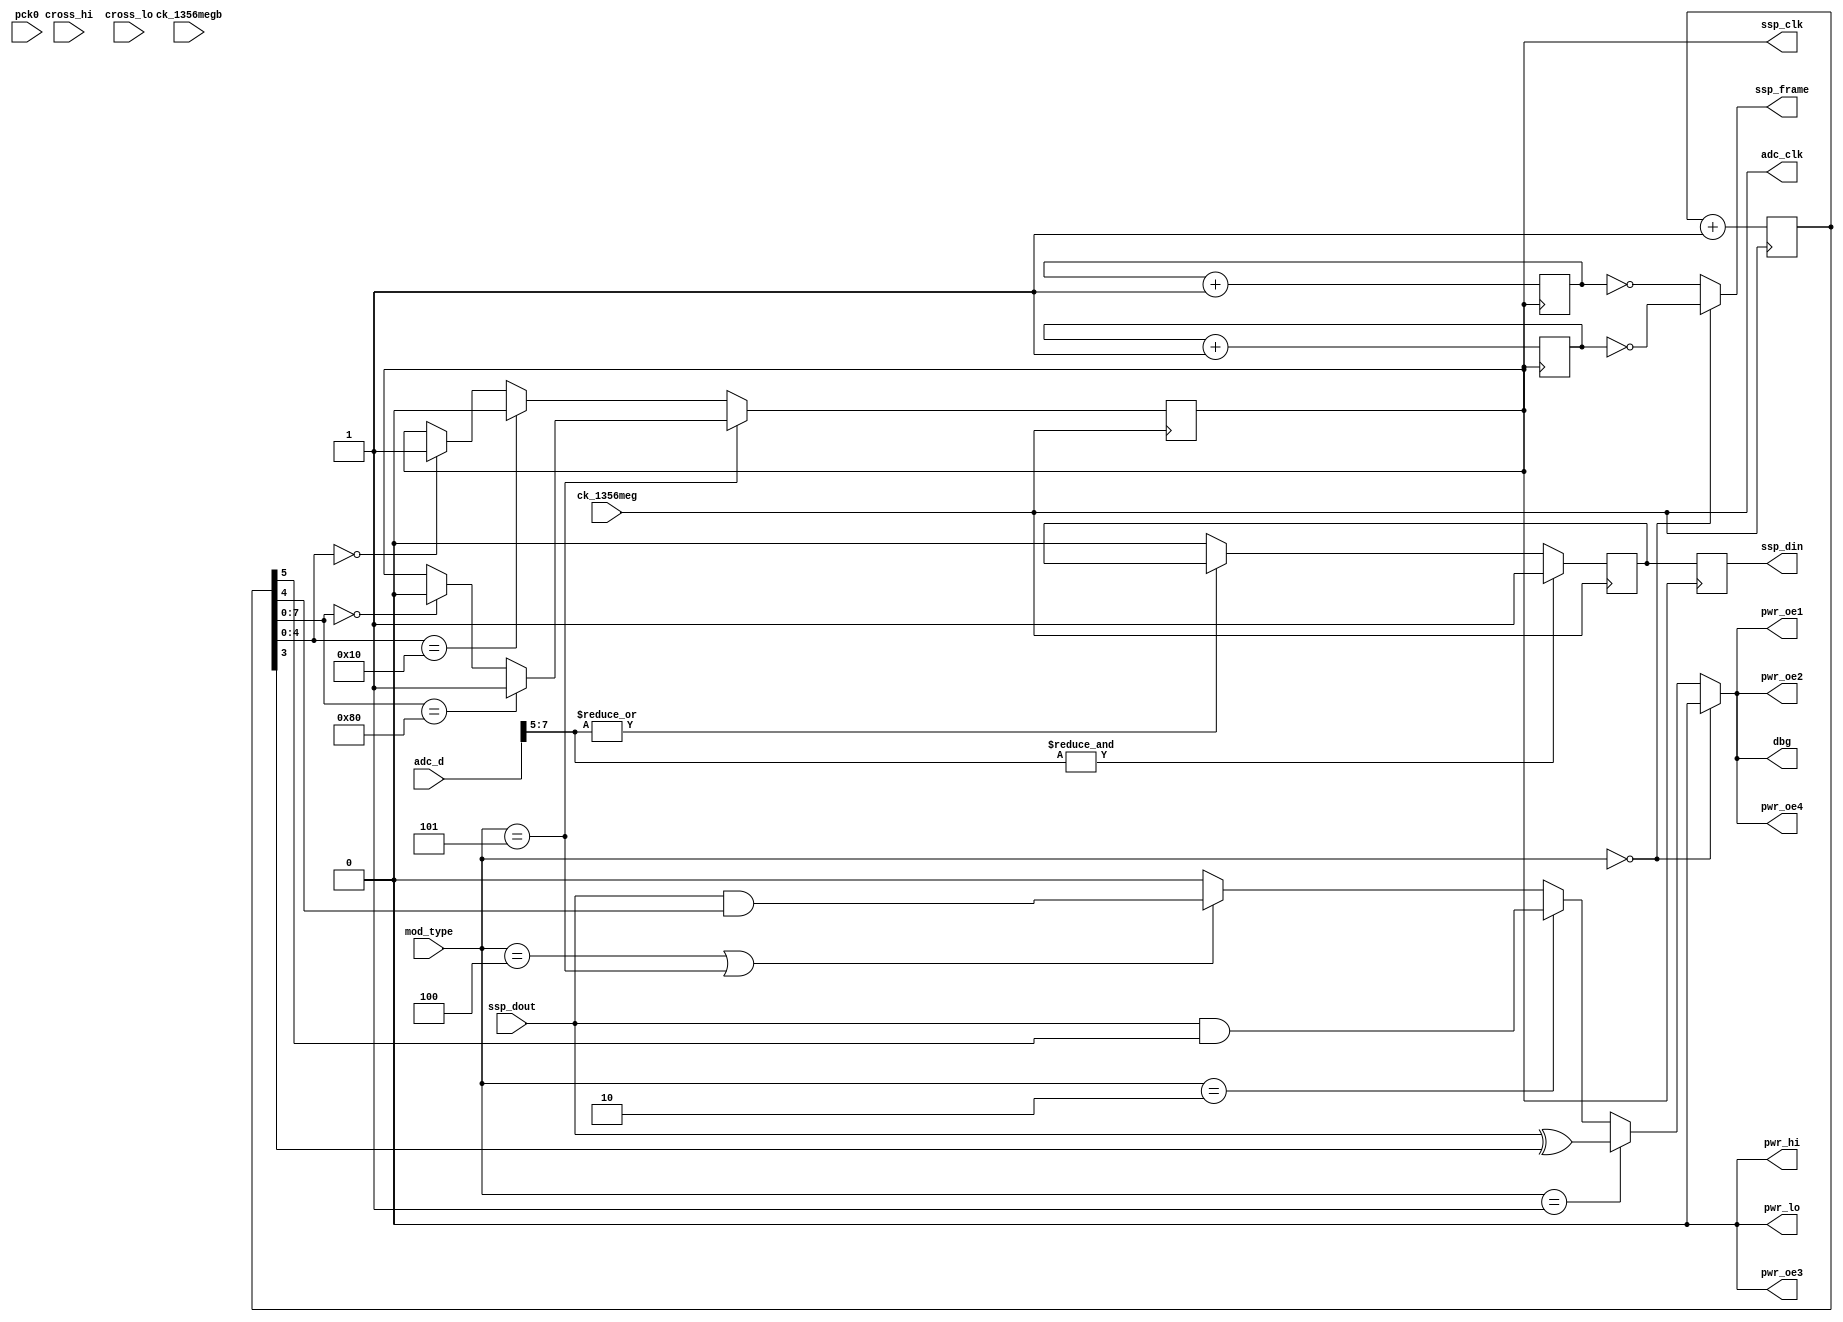
module hi_simulate_4(
    pck0, ck_1356meg, ck_1356megb,
    pwr_lo, pwr_hi, pwr_oe1, pwr_oe2, pwr_oe3, pwr_oe4,
    adc_d, adc_clk,
    ssp_frame, ssp_din, ssp_dout, ssp_clk,
    cross_hi, cross_lo,
    dbg,
    mod_type
);
    input pck0, ck_1356meg, ck_1356megb;
    output pwr_lo, pwr_hi, pwr_oe1, pwr_oe2, pwr_oe3, pwr_oe4;
    input [7:0] adc_d;
    output adc_clk;
    input ssp_dout;
    output ssp_frame, ssp_din, ssp_clk;
    input cross_hi, cross_lo;
    output dbg;
    input [2:0] mod_type;
assign pwr_hi = 1'b0;
assign pwr_lo = 1'b0;
reg after_hysteresis;
assign adc_clk = ck_1356meg;
always @(negedge adc_clk)
begin
    if(& adc_d[7:5]) after_hysteresis = 1'b1;
    else if(~(| adc_d[7:5])) after_hysteresis = 1'b0;
end
reg [10:0] ssp_clk_divider;
always @(posedge adc_clk)
    ssp_clk_divider <= (ssp_clk_divider + 1);
reg ssp_clk;
reg ssp_frame;
always @(negedge adc_clk)
begin
    if(mod_type == 3'b101)
    begin
	if(ssp_clk_divider[7:0] == 8'b00000000)
	    ssp_clk <= 1'b0;
	if(ssp_clk_divider[7:0] == 8'b10000000)
	    ssp_clk <= 1'b1;
    end
    else
    begin
	if(ssp_clk_divider[4:0] == 5'd0)
	    ssp_clk <= 1'b1;
	if(ssp_clk_divider[4:0] == 5'd16) 
	    ssp_clk <= 1'b0;
    end
end
reg [2:0] ssp_frame_divider_to_arm;
always @(posedge ssp_clk)
    ssp_frame_divider_to_arm <= (ssp_frame_divider_to_arm + 1);
reg [2:0] ssp_frame_divider_from_arm;
always @(negedge ssp_clk)
    ssp_frame_divider_from_arm <= (ssp_frame_divider_from_arm + 1);
always @(ssp_frame_divider_to_arm or ssp_frame_divider_from_arm or mod_type)
    if(mod_type == 3'b000) 
        ssp_frame = (ssp_frame_divider_to_arm == 3'b000);
    else
	ssp_frame = (ssp_frame_divider_from_arm == 3'b000);
reg ssp_din;
always @(posedge ssp_clk)
    ssp_din = after_hysteresis;
reg modulating_carrier;
always @(mod_type or ssp_clk or ssp_dout)
    if(mod_type == 3'b000)
        modulating_carrier <= 1'b0;                          
    else if(mod_type == 3'b001)
        modulating_carrier <= ssp_dout ^ ssp_clk_divider[3]; 
    else if(mod_type == 3'b010)
	modulating_carrier <= ssp_dout & ssp_clk_divider[5]; 
    else if(mod_type == 3'b100 || mod_type == 3'b101)
	modulating_carrier <= ssp_dout & ssp_clk_divider[4]; 
    else
        modulating_carrier <= 1'b0;                           
assign pwr_oe2 = modulating_carrier;
assign pwr_oe1 = modulating_carrier;
assign pwr_oe4 = modulating_carrier;
assign pwr_oe3 = 1'b0;
assign dbg = modulating_carrier;
endmodule